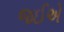
જઈએ